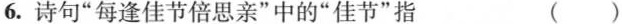
6.诗句”每逢佳节倍思亲”中的”佳节”指 ()